Plague in India, 1896, 1897 - Volume 1
Year: 1896
Disease focus: Plague
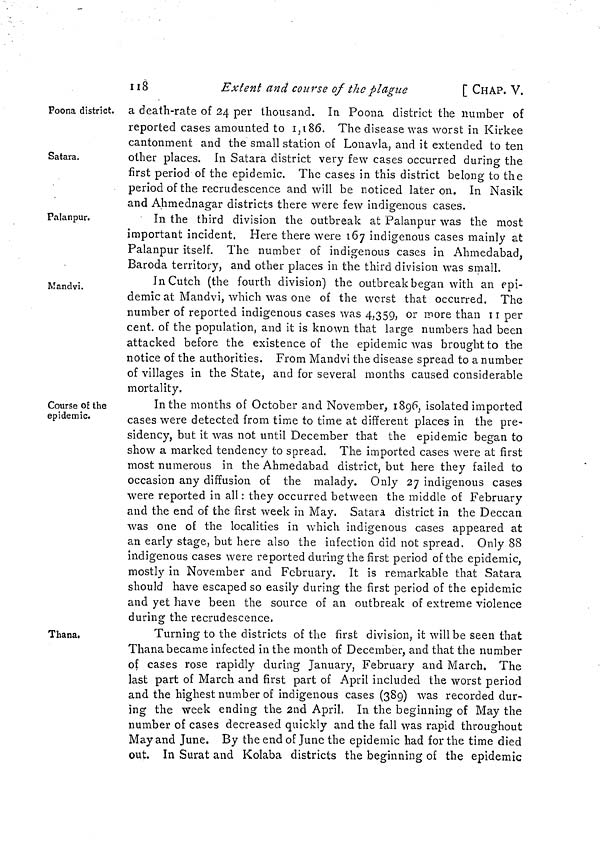
118
Extent and course of the plague
[ CHAP. V.
Poona district.
Satara.
a death-rate of 24 per thousand. In Poona district the number of
reported cases amounted to 1,186. The disease was worst in Kirkee
cantonment and the small station of Lonavla, and it extended to ten
other places. In Satara district very few cases occurred during the
first period of the epidemic. The cases in this district belong to the
period of the recrudescence and will be noticed later on. In Nasik
and Ahmednagar districts there were few indigenous cases.
Palanpur.
In the third division the outbreak at Palanpur was the most
important incident. Here there were 167 indigenous cases mainly at
Palanpur itself. The number of indigenous cases in Ahmedabad,
Baroda territory, and other places in the third division was small.
Mandvi.
In Cutch (the fourth division) the outbreak began with an epi-
demic at Mandvi, which was one of the werst that occurred. The
number of reported indigenous cases was 4,359, or more than 11 per
cent. of the population, and it is known that large numbers had been
attacked before the existence of the epidemic was brought to the
notice of the authorities. From Mandvi the disease spread to a number
of villages in the State, and for several months caused considerable
mortality.
Course of the
epidemic.
In the months of October and November, 1896, isolated imported
cases were detected from time to time at different places in the pre-
sidency, but it was not until December that the epidemic began to
show a marked tendency to spread. The imported cases were at first
most numerous in the Ahmedabad district, but here they failed to
occasion any diffusion of the malady. Only 27 indigenous cases
were reported in all : they occurred between the middle of February
and the end of the first week in May. Satara district in the Deccan
was one of the localities in which indigenous cases appeared at
an early stage, but here also the infection did not spread. Only 88
indigenous cases were reported during the first period of the epidemic,
mostly in November and February. It is remarkable that Satara
should have escaped so easily during the first period of the epidemic
and yet have been the source of an outbreak of extreme violence
during the recrudescence.
Thana.
Turning to the districts of the first division, it will be seen that
Thana became infected in the month of December, and that the number
of cases rose rapidly during January, February and March. The
last part of March and first part of April included the worst period
and the highest number of indigenous cases (389) was recorded dur-
ing the week ending the 2nd April. In the beginning of May the
number of cases decreased quickly and the fall was rapid throughout
May and June. By the end of June the epidemic had for the time died
out. In Surat and Kolaba districts the beginning oí the epidemic